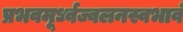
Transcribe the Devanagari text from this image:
प्रभवमूर्ध्वज्वलनस्वभावं